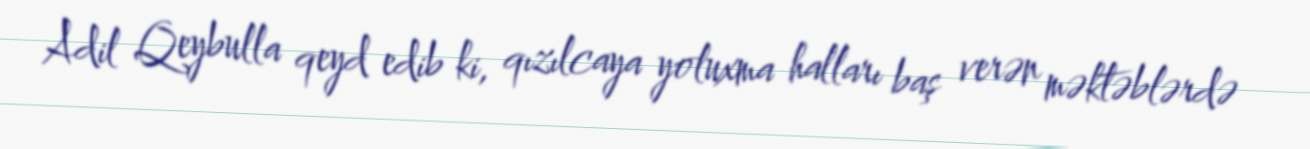
Adil Qeybulla qeyd edib ki, qızılcaya yoluxma halları baş verən məktəblərdə